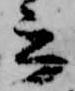
云